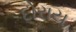
દોરાય